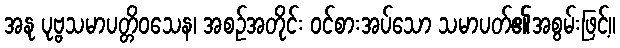
အနု ပုဗ္ဗသမာပတ္တိဝသေန၊ အစဉ်အတိုင်း ဝင်စားအပ်သော သမာပတ်၏အစွမ်းဖြင့်။